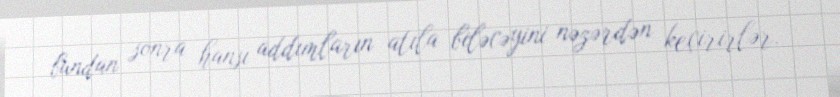
bundan sonra hansı addımların atıla biləcəyini nəzərdən keçirirlər.